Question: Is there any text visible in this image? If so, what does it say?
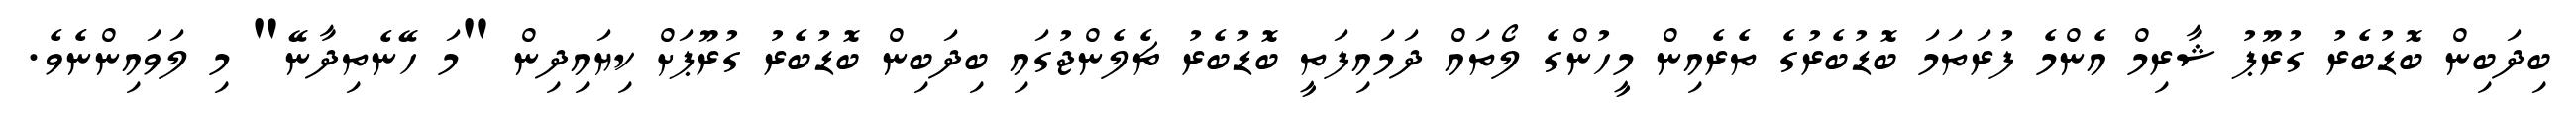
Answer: ބިދަބިން ބޮޑުބެރު ގުރޫޕު ޝާރިމް އެންމެ ފުރަތަމަ ބޮޑުބެރުގެ ތެރެއިން މީހުންގެ ލޯތައް ދަމައިފަތީ ބޮޑުބެރު ޗެލެންޖުގައި ބިދަބިން ބޮޑުބެރު ގުރޫޕަށް ކިޔައިދިން "މަ ހޭނެތިދާނޭ" މި ލަވައިންނެވެ.